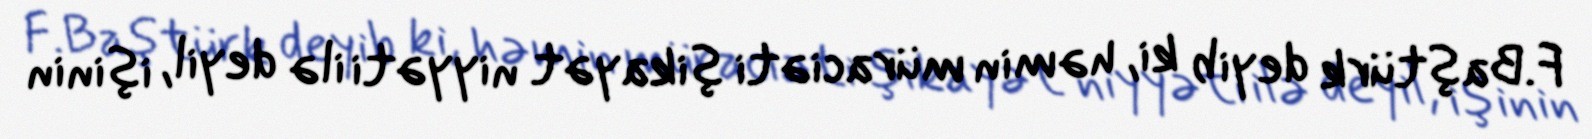
F.Baştürk deyib ki, həmin müraciəti şikayət niyyəti ilə deyil, işinin